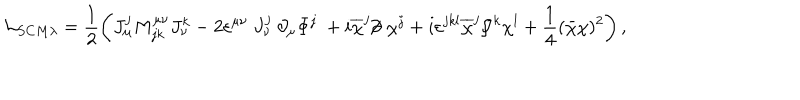
{ \cal L } _ { S C M \lambda } = \frac 1 2 \left( J _ { \mu } ^ { j } M _ { j k } ^ { \mu \nu } J _ { \nu } ^ { k } - 2 \varepsilon ^ { \mu \nu } ~ J _ { \nu } ^ { j } ~ \partial _ { \mu } \Phi ^ { j } ~ + i \overline { { { \chi } } } ^ { j } / \kern - . 5 e m \partial ~ \chi ^ { j } + i \varepsilon ^ { j k l } \overline { { { \chi } } } ^ { j } / \kern - . 5 e m J ^ { k } \chi ^ { l } + \frac 1 4 ( \bar { \chi } \chi ) ^ { 2 } \right) ,